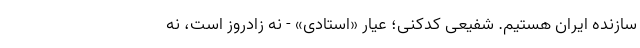
سازنده ایران هستیم. شفیعی کدکنی؛ عیارِ «استادی» - نه زادروز است، نه